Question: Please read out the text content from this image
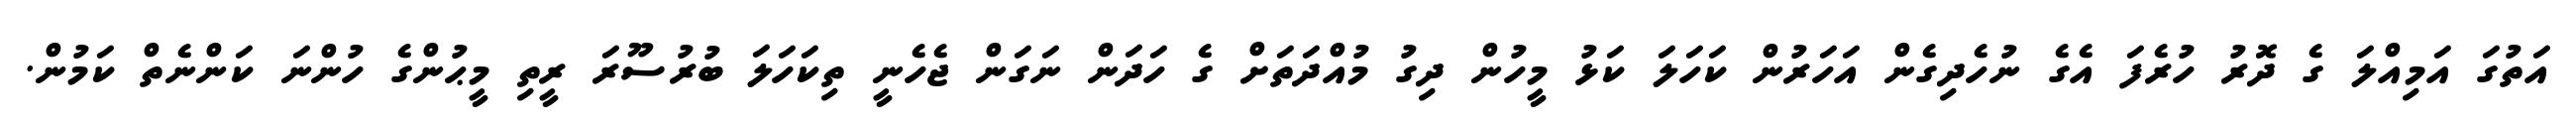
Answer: އަތުގަ އަމިއްލަ ގެ ދޮރު ހުރެފަ އެގެ ނުހެދިގެން އަހަރުން ކަހަލަ ކަޅު މީހުން ދިގު މުއްދަތަށް ގެ ހަދަން ނަގަން ޖެހެނީ ތިކަހަލަ ބުރުސޫރަ ރީތި މީޙުންގެ ހުންނަ ކަންނެތް ކަމުން.